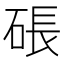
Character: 䂻